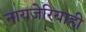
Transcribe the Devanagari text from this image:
नायजेरियाही